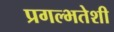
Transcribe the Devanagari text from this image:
प्रगल्भतेशी